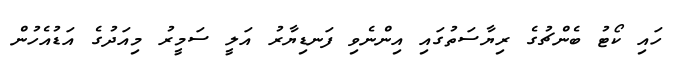
ހައި ކޯޓު ބެންޗުގެ ރިޔާސަތުގައި އިންނެވި ފަނޑިޔާރު އަލީ ސަމީރު މިއަދުގެ އަޑުއެހުން